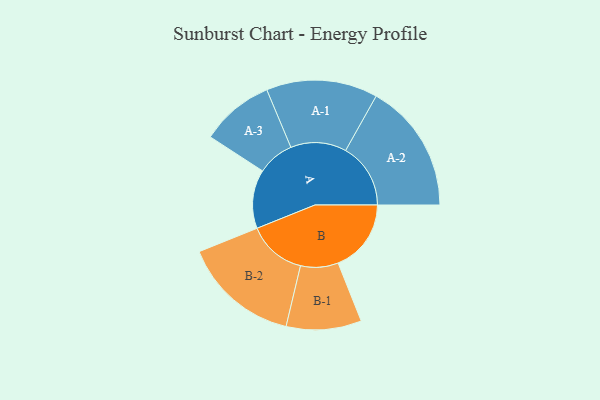
{"axis": {"x": "Segment", "y": "Value"}, "legend": ["", "A", "B"], "data": [{"x": "A", "y": 247, "type": ""}, {"x": "B", "y": 307, "type": ""}, {"x": "A-1", "y": 234, "type": "A"}, {"x": "A-2", "y": 273, "type": "A"}, {"x": "A-3", "y": 154, "type": "A"}, {"x": "B-1", "y": 158, "type": "B"}, {"x": "B-2", "y": 246, "type": "B"}]}